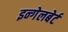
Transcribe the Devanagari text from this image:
इन्गेलबेर्ट